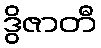
ဒွိဇာတီ